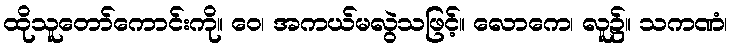
ထိုသူတော်ကောင်းကို။ ဝေ၊ အကယ်မလွဲသဖြင့်။ လောကေ၊ လူ၌။ သကဏံ၊